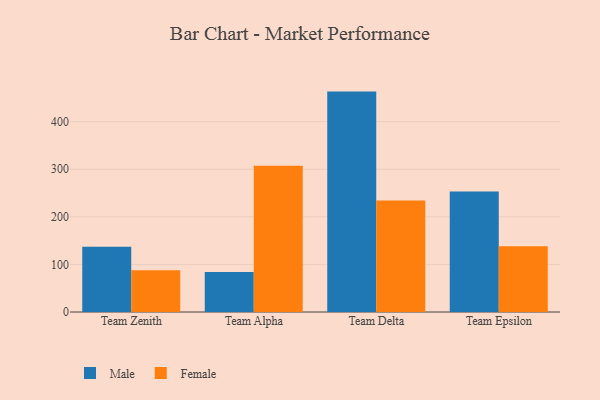
{"axis": {"x": "Team", "y": "Tickets Resolved"}, "legend": ["Female", "Male"], "data": [{"x": "Team Zenith", "y": 137.3, "type": "Male"}, {"x": "Team Zenith", "y": 87.6, "type": "Female"}, {"x": "Team Alpha", "y": 84.3, "type": "Male"}, {"x": "Team Alpha", "y": 307.4, "type": "Female"}, {"x": "Team Delta", "y": 463.3, "type": "Male"}, {"x": "Team Delta", "y": 234.4, "type": "Female"}, {"x": "Team Epsilon", "y": 253.1, "type": "Male"}, {"x": "Team Epsilon", "y": 138.2, "type": "Female"}]}